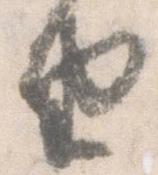
由